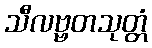
သီလဗ္ဗတသုတ္တံ